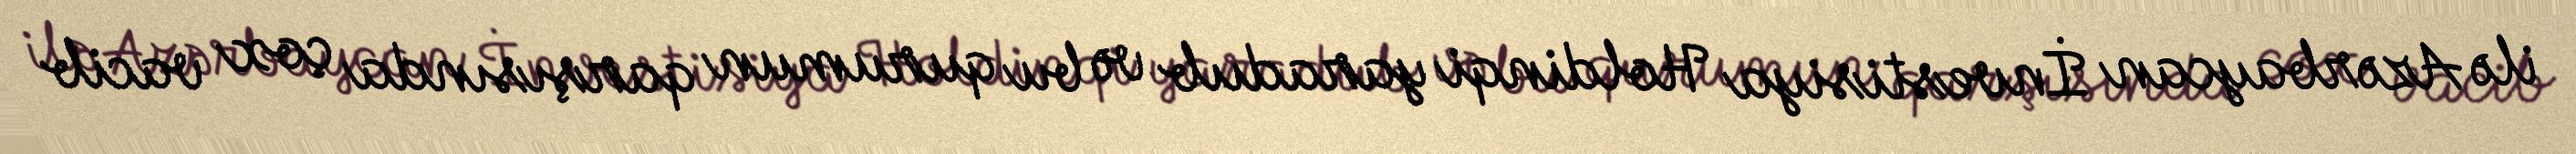
ilə Azərbaycan İnvestisiya Holdinqi yaradııb və bu qurumun qarşısında çox vacib